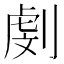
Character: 㓺